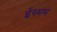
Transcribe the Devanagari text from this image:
ईस्थम